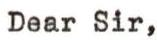
Dear Sir,